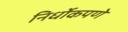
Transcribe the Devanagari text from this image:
निर्धोकपणे